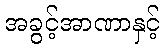
အခွင့်အာဏာနှင့်